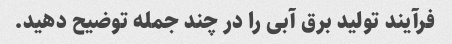
فرآیند تولید برق آبی را در چند جمله توضیح دهید.